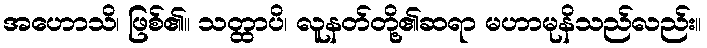
အဟောသိ၊ ဖြစ်၏။ သတ္ထာပိ၊ လူနတ်တို့၏ဆရာ မဟာမုနိသည်လည်း။